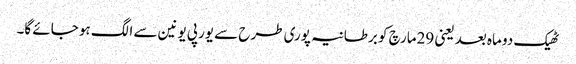
ٹھیک دو ماہ بعد یعنی 29مارچ کو برطانیہ پوری طرح سے یورپی یونین سے الگ ہو جائے گا۔